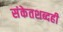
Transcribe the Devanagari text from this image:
संकेतशब्दही